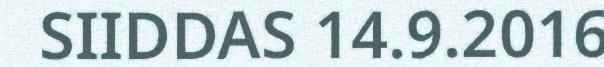
SIIDDAS 14.9.2016